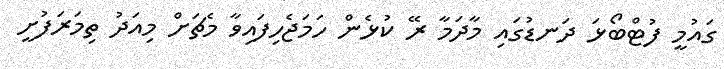
ގައުމީ ފުޓްބޯޅަ ދަނޑުގައި މާދަމާ ރޭ ކުޅެން ހަމަޖެހިފައިވާ މެޗަށް މިއަދު ތިމަރަފުށީ